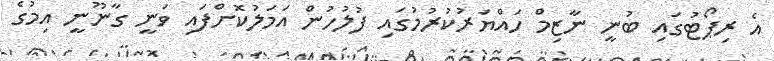
އެ ރިޕޯޓުގައި ބުނީ ނާޒިމް ހައްޔަރުކުރުމުގައި ފުލުހުން އަމަލުކޮށްފައި ވަނީ ގާނޫނީ އިމުގެ